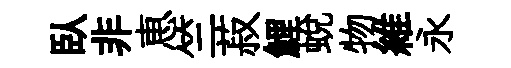
臥非恵竺菽鯉蜕物維永